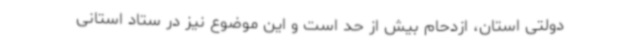
دولتی استان، ازدحام بیش از حد است و این موضوع نیز در ستاد استانی